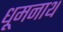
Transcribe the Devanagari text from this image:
धूमनाथ